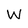
Character: W